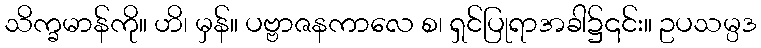
သိက္ခမာန်ကို။ ဟိ၊ မှန်။ ပဗ္ဗာဇနကာလေ စ၊ ရှင်ပြုရာအခါ၌၎င်း။ ဥပသမ္ပဒ